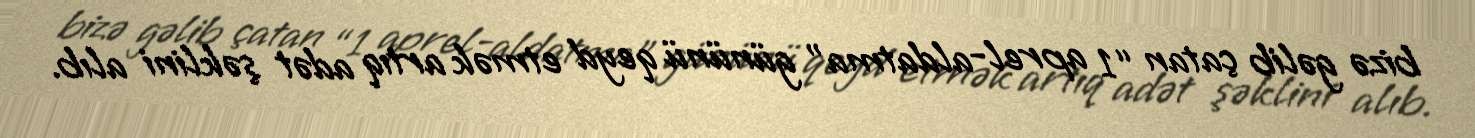
bizə gəlib çatan “1 aprel-aldatma” gününü qeyd etmək artıq adət şəklini alıb.